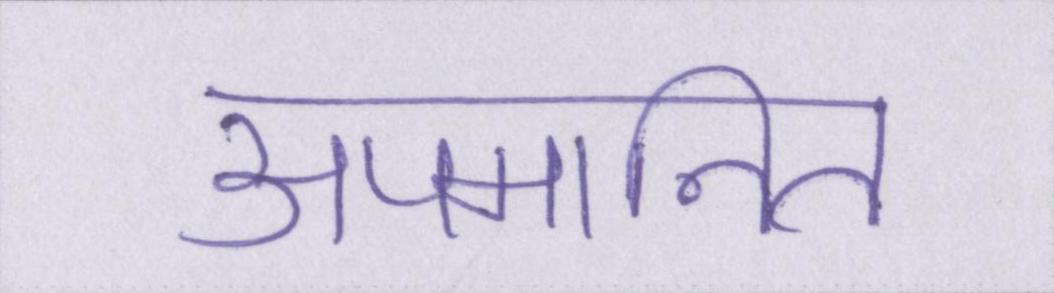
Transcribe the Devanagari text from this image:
अपमानित